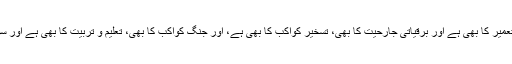
ہمارا زمانہ نئے علوم و فنون کا بھی ہے اور نئی بربریت کا بھی، تکنیکی تعمیر کا بھی ہے اور برقیاتی جارحیت کا بھی، تسخیرِ کواکب کا بھی ہے، اور جنگِ کواکب کا بھی، تعلیم و تربیت کا بھی ہے اور سوقیانہ مذاق کا بھی، عوامی جمہوریت کا بھی ہے اور تہذیبی فاشیت کا بھی۔